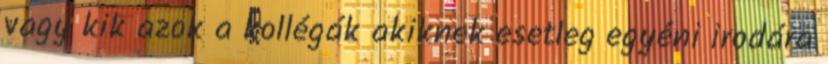
vagy kik azok a kollégák akiknek esetleg egyéni irodára